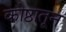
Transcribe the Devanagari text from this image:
कोष्ठातून